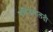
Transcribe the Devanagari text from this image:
गणितमालती